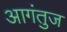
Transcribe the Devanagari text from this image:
आगंतुज